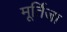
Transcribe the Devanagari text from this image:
मूर्तिजा